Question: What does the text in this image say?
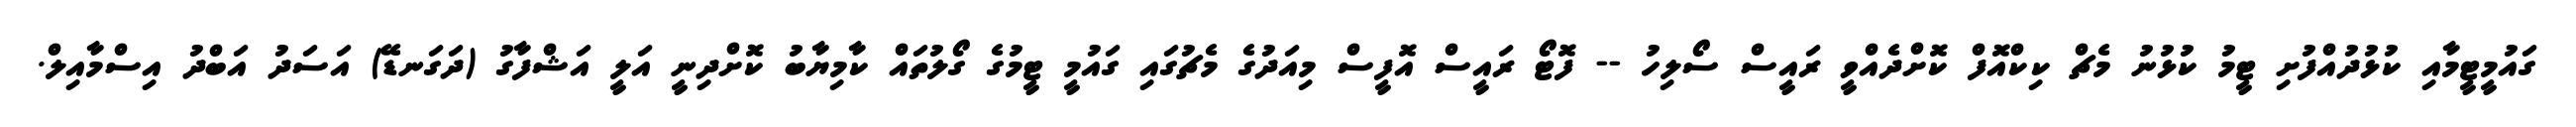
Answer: ގައުމީޓީމާއި ކުޅުދުއްފުށި ޓީމު ކުޅުނު މެޗް ކިކްއޮފް ކޮށްދެއްވީ ރައީސް ސޯލިހު -- ފޮޓޯ ރައީސް އޮފީސް މިއަދުގެ މެޗުގައި ގައުމީ ޓީމުގެ ގޯލުތައް ކާމިޔާބު ކޮށްދިނީ އަލީ އަޝްފާގު (ދަގަނޑޭ) އަސަދު އަބްދު އިސްމާއިލް.